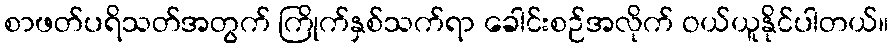
စာဖတ်ပရိသတ်အတွက် ကြိုက်နှစ်သက်ရာ ခေါင်းစဉ်အလိုက် ဝယ်ယူနိုင်ပါတယ်။